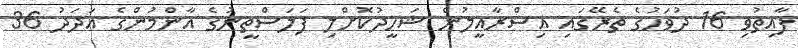
ފާއިތުވި 16 ދުވަހުގެ ތެރޭގައި އިސްރާއީލުން ޝަހީދުކޮށްލި ފަލަސްތީނުގެ އާންމުންގެ އަދަދު 36